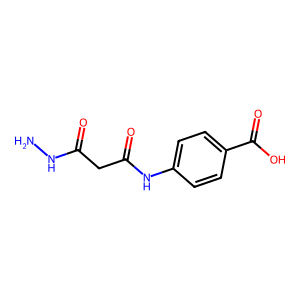
SMILES: NNC(=O)CC(=O)Nc1ccc(C(=O)O)cc1
Inhibits HIV replication: No